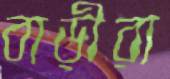
বাড়ীরা